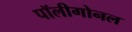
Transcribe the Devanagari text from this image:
पॉलीगोनल